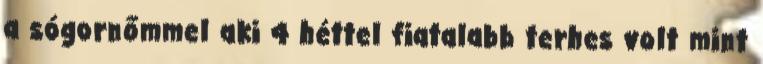
a sógornőmmel aki 4 héttel fiatalabb terhes volt mint